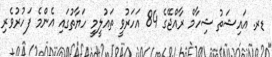
ޑރ. އައިޝަތު ޝިހާމް ރާއްޖޭގެ 84 އަހަރުވީ ތައުލީމީ ހަޔާތުގައި އެންމެ ފަހުރުވެރި